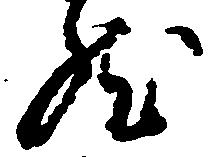
然